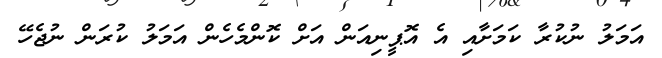
އަމަލު ނުކުރާ ކަމަށާއި އެ އޮޕީނިއަން އަށް ކޮންމެހެން އަމަލު ކުރަން ނުޖެހޭ